Report of the Municipal Commissioner on the plague in Bombay for the year ending 31st May... - Volume 1
Disease focus: Plague
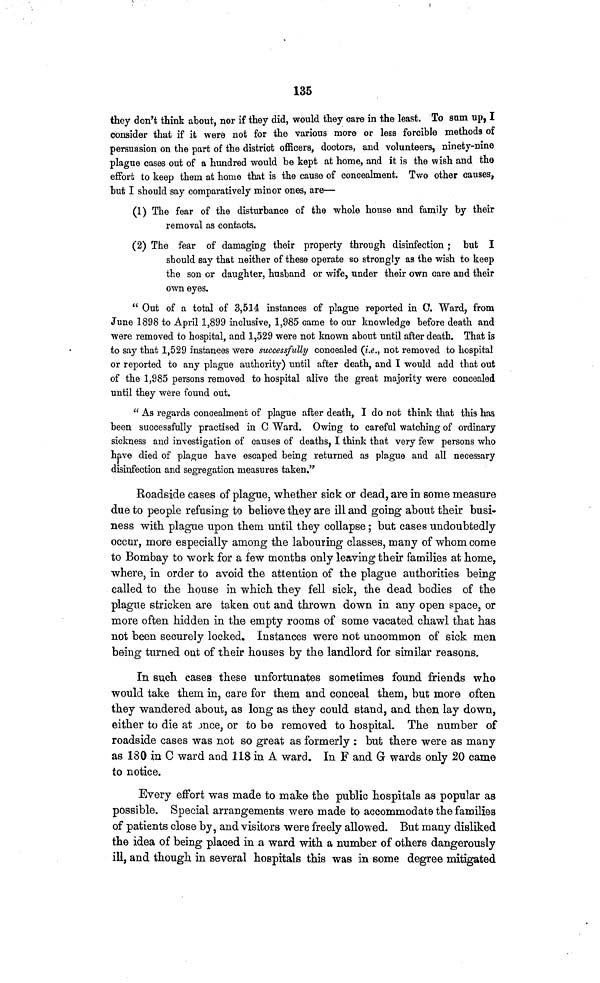
135
they don't think about, nor if they did, would they care in the least. To sum up, I
consider that if it were not for the various more or less forcible methods of
persuasion on the part of the district officers, doctors, and volunteers, ninety-nine
plague cases out of a hundred would be kept at home, and it is the wish and thd
effort to keep them at home that is the cause of concealment. Two other causes,
but I should say comparatively minor ones, are—
(1) The fear of the disturbance of the whole house and family by their
removal as contacts.
(2) The fear of damaging their property through disinfection ; but I
should say that neither of these operate so strongly as the wish to keep
the son or daughter, husband or wife, under their own care and their
own eyes.
" Out of a total of 3,514 instances of plague reported in 0. Ward, from
June 1898 to April 1,899 inclusive, 1,985 came to our knowledge before death and
were removed to hospital, and 1,529 were not known about until after death. That is
to say that 1,529 instances were successfully concealed (i.e., not removed to hospital
or reported to any plague authority) until after death, and I would add that out
of the 1,985 persons removed to hospital alive the great majority were concealed
until they were found out.
" As regards concealment of plague after death, I do not think that this has
been successfully practised in C Ward. Owing to careful watching of ordinary
sickness and investigation of causes of deaths, I think that very few persons who
have died of plague have escaped being returned as plague and all necessary
disinfection and segregation measures taken."
Roadside cases of plague, whether sick or dead, are in some measure
due to people refusing to believe they are ill and going about their busi-
ness with plague upon them until they collapse ; but cases undoubtedly
occur, more especially among the labouring classes, many of whom come
to Bombay to work for a few months only leaving their families at home,
where, in order to avoid the attention of the plague authorities being
called to the house in which they fell sick, the dead bodies of the
plague stricken are taken out and thrown down in any open space, or
more often hidden in the empty rooms of some vacated chawl that has
not been securely locked. Instances were not uncommon of sick men
being turned out of their houses by the landlord for similar reasons.
In such cases these unfortunates sometimes found friends who
would take them in, care for them and conceal them, but more often
they wandered about, as long as they could stand, and then lay down,
either to die at once, or to be removed to hospital. The number of
roadside cases was not so great as formerly : but there were as many
as 130 in 0 ward and 118 in A ward. In F and G wards only 20 came
to notice.
Every effort was made to make the public hospitals as popular as
possible. Special arrangements were made to accommodate the families
of patients close by, and visitors were freely allowed. But many disliked
the idea of being placed in a ward with a number of others dangerously
ill, and though in several hospitals this was in some degree mitigated